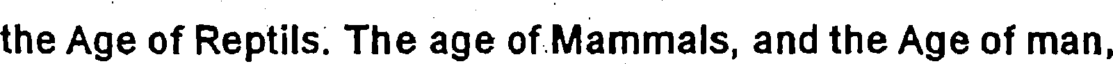
the Age of Reptils. The age of Mammals, and the Age of man